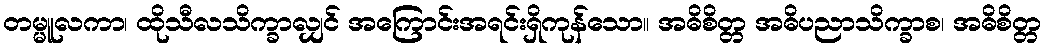
တမ္မူလကာ၊ ထိုသီလသိက္ခာလျှင် အကြောင်းအရင်းရှိကုန်သော။ အဓိစိတ္တ အဓိပညာသိက္ခာစ၊ အဓိစိတ္တ